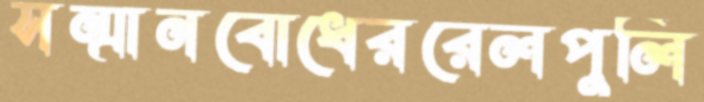
সম্মানবোধেররেলপুলি